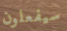
سيفعلون